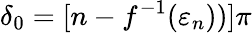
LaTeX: \delta_{0}=[n-f^{-1}(\varepsilon_{n}))]\pi